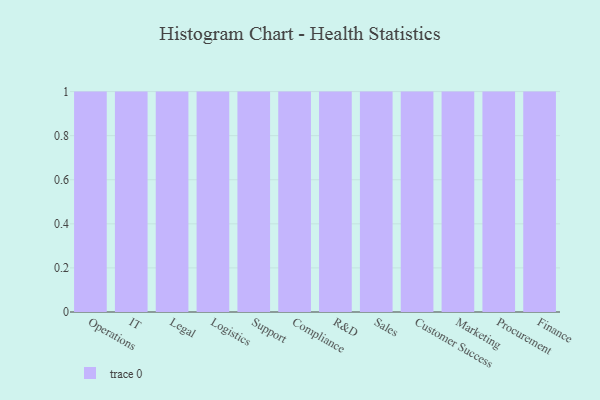
{"axis": {"x": "Department", "y": "Conversion Rate (%)"}, "legend": [""], "data": [{"x": "Operations", "y": 31, "type": ""}, {"x": "IT", "y": 62, "type": ""}, {"x": "Legal", "y": 26, "type": ""}, {"x": "Logistics", "y": 75, "type": ""}, {"x": "Support", "y": 91, "type": ""}, {"x": "Compliance", "y": 21, "type": ""}, {"x": "R&D", "y": 92, "type": ""}, {"x": "Sales", "y": 2, "type": ""}, {"x": "Customer Success", "y": 54, "type": ""}, {"x": "Marketing", "y": 14, "type": ""}, {"x": "Procurement", "y": 14, "type": ""}, {"x": "Finance", "y": 88, "type": ""}]}